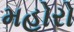
મહોરો